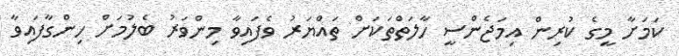
ކަމަށާ މީގެ ކުރިން އިމަޖެންސީ ހާލަތްތަކަށް ތައްޔަރު ވެފައިވާ މިންވަރު ބެލުމަށް ހިންގާފައިވާ